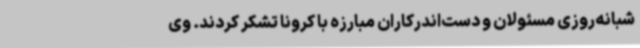
شبانه‌روزی مسئولان و دست‌اندرکاران مبارزه با کرونا تشکر کردند. وی